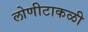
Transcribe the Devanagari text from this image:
लोणीटाकळी